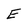
Character: E